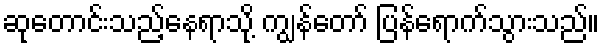
ဆုတောင်းသည့်နေရာသို့ ကျွန်တော် ပြန်ရောက်သွားသည်။